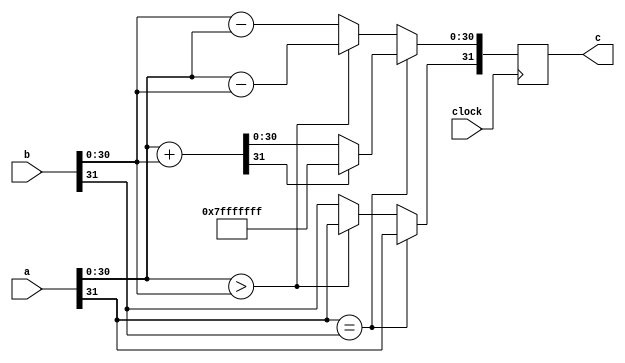
`timescale 1ns / 1ps

module adder #(parameter integer DATA_WIDTH = 32)
(
    input clock,
    input [DATA_WIDTH-1:0] a,
    input [DATA_WIDTH-1:0] b,
    output reg [DATA_WIDTH-1:0] c
);
    reg [DATA_WIDTH-1:0] total;
        
    always @(*) begin
        total <= a[DATA_WIDTH-2:0] + b[DATA_WIDTH-2:0];
    end
    
    always @(posedge clock) begin
        if(a[DATA_WIDTH-1] == b[DATA_WIDTH-1]) begin
            c[DATA_WIDTH-1] <= a[DATA_WIDTH-1];
            if(total[DATA_WIDTH-1])
                c[DATA_WIDTH-2:0] <= ~0;
            else
                c[DATA_WIDTH-2:0] <= total[DATA_WIDTH-2:0];
        end else if(a[DATA_WIDTH-2:0] > b[DATA_WIDTH-2:0]) begin
            c[DATA_WIDTH-1] <= a[DATA_WIDTH-1];
            c[DATA_WIDTH-2:0] <= a[DATA_WIDTH-2:0] - b[DATA_WIDTH-2:0];
        end else begin
            c[DATA_WIDTH-1] <= b[DATA_WIDTH-1];
            c[DATA_WIDTH-2:0] <= b[DATA_WIDTH-2:0] - a[DATA_WIDTH-2:0];
        end
    end
    
endmodule